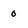
Character: 0